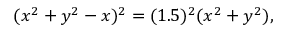
( x ^ { 2 } + y ^ { 2 } - x ) ^ { 2 } = ( 1 . 5 ) ^ { 2 } ( x ^ { 2 } + y ^ { 2 } ) ,